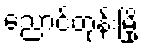
ညောင်တုန်းမြို့